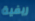
ريفية